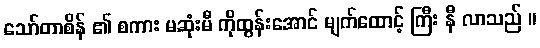
သော်တာစိန် ၏ စကား မဆုံးမီ ကိုထွန်းအောင် မျက်ထောင့် ကြီး နီ လာသည် ။